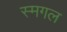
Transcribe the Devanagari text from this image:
स्मगल